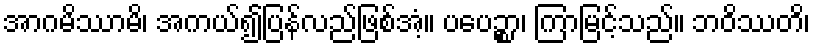
အာဂမိဿာမိ၊ အကယ်၍ပြန်လည်ဖြစ်အံ့။ ပပေဉ္စာ၊ ကြာမြင့်သည်။ ဘဝိဿတိ၊